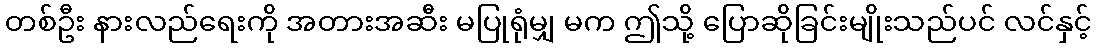
တစ်ဦး နားလည်ရေးကို အတားအဆီး မပြုရုံမျှ မက ဤသို့ ပြောဆိုခြင်းမျိုးသည်ပင် လင်နှင့်